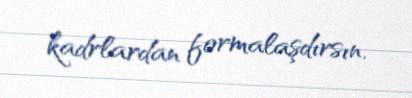
kadrlardan formalaşdırsın.